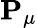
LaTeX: \mathbf{P}_{\mu}